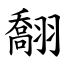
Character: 䎗